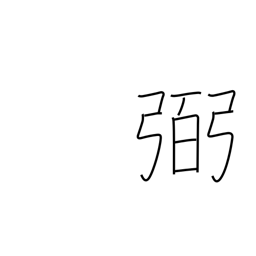
Meaning: help